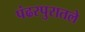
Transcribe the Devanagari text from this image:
पंढरपुरातले